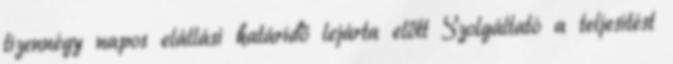
tizennégy napos elállási határidő lejárta előtt Szolgáltató a teljesítést